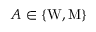
A \in \{ \mathrm { W } , \mathrm { M } \}